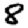
Digit: 8